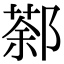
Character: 𨝛